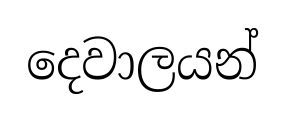
දෙවාලයන්